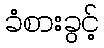
ခံစားခွင့်